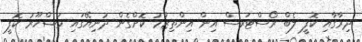
ދިރާގާއި ކޮފީ ލެބް ރޯސްޓަރސް އިން އިންތިޒާމު ކޮށްގެން ދުނިޔޭގައި މަޝްހޫރު ކޮފީ